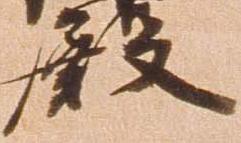
殿